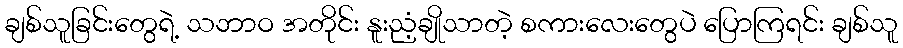
ချစ်သူခြင်းတွေရဲ့ သဘာဝ အတိုင်း နူးညံ့ချိုသာတဲ့ စကားလေးတွေပဲ ပြောကြရင်း ချစ်သူ